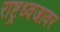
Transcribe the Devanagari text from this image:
राष्ट्रध्वजावर